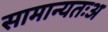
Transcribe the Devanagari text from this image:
सामान्यतःअ